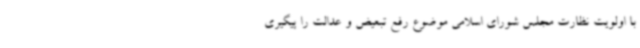
با اولویت نظارت مجلس شورای اسلامی موضوع رفع تبعیض و عدالت را پیگیری